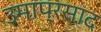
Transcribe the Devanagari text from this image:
उमाप्रसाद